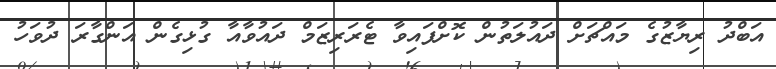
އަބްދު ރިޔާޒުގެ މައްޗަށް ދައުލަތުން ކޮށްފައިވާ ޓެރަރިޒަމް ދައުވާއާ ގުޅިގެން އަންގާރަ ދުވަހު